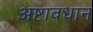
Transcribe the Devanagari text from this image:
अष्टावधान